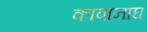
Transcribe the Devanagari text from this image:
कावानाघ